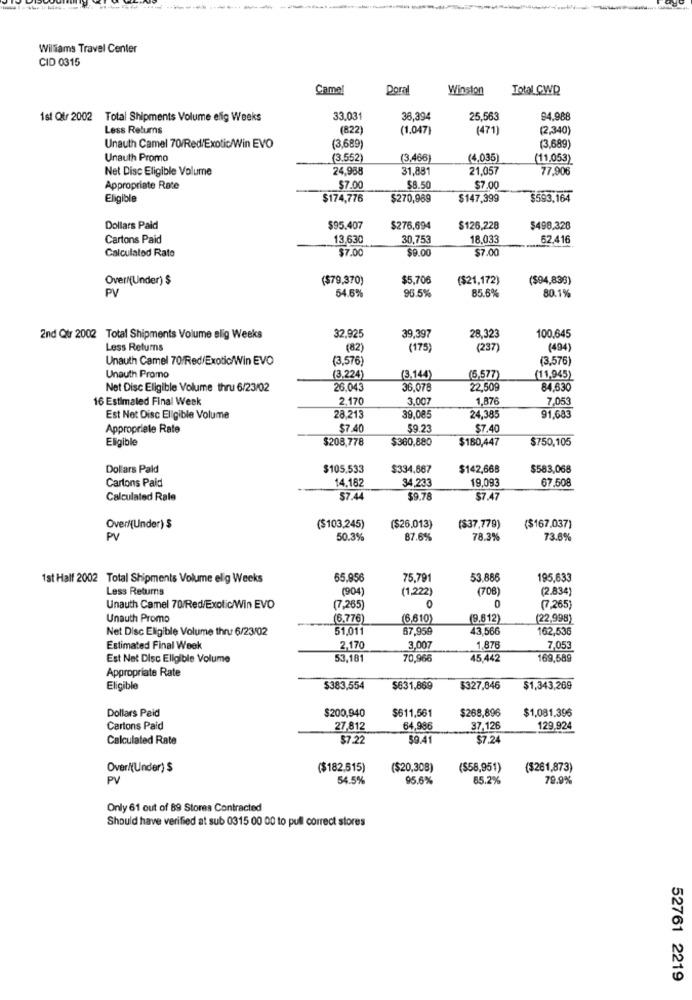
Williams Travel Center
CID 0315
Camal
Doral
Winston
Total CWD
1st Qtr 2002 Total Shipments Volume elig Weeks
33,031
36,394
25,563
94,988
Less Returns
(822]
(1.047)
(471)
(2,340)
(3,689
Unauth Camel 70/Red/Exotic/Win EVO
(3,689)
Unauth Promo
(3.552
(3,466)
(4,035)
(11.053)
Net Disc Eligible Volume
24,988
31,881
21,057
77,906
Appropriate Rate
$7.00
$8.50
$7.00
Eligible
$174,776
$270,989
$147,399
$593.164
Dollars Paid
$95.407
$275,694
$126,228
$498.328
Cartons Paid
13,630
30,753
18.033
62.416
$7.00
$7.00
Calculated Rate
$9.00
Over((Under) $
($79,370)
$5,706
($21,172)
($94,836)
54.6%
96.5%
85.6%
80.1%
PV
39.397
100,645
2nd Qtr 2002 Total Shipments Volume elig Weeks
32,925
28.323
Less Returns
(82)
(175)
(237)
(494)
Unauth Camel 70/Red/Exotic/Win EVO
(3,576)
(3,576)
Unauth Promo
(3.224)
(3.144)
(5.577)
(11,945)
Net Disc Eligible Volume thru 6/23/02
26.043
36,078
22,509
84,630
16 Estimaled Final Week
2.170
3,007
1.876
7,053
Est Not Disc Eligible Volume
28.215
39,085
24,385
91.683
Appropriate Rate
$7.40
$9.23
$7.40
Eligible
$208.778
$360,880
$180,447
$750,105
Dollars Paid
$105,533
$334,667
$142,668
$583,068
14.182
34,233
19,093
67,508
Cartons Paid
Calculated Rale
$7.44
$9.78
$7.47
Over/Under) $
($103,245)
($26.013)
($37,779)
($167,037)
PV
50.3%
87.6%
78.3%
73.6%
1st Half 2002 Total Shipments Volume elig Weeks
65.956
75,791
53.886
195,633
Less Returns
(904)
(1,222)
(708)
(2.834)
C
Unauth Camel 70/Red/Exotic/Win EVO
(7,265)
0
(7,265
Unauth Promo
(6.776
(6,610)
(9.612)
(22.998)
Net Disc Eligible Volume thru 6/23/02
51.011
67,959
43,566
162,536
Estimated Final Week
2,170
3.007
1,876
7,053
Est Nat Disc Eligible Volume
53,181
70,966
45.442
169,589
Appropriate Rate
Eligible
$383,554
$631,869
$327,846
$1,343,269
Dollars Paid
$611,561
$268,896
$1,081,396
$200,940
Cartons Paid
27,812
64,986
37.126
129,924
Calculated Rate
$7.22
$9.41
$7.24
Over/(Under) $
($182.515)
($20,308)
($58,951)
($261,873)
PV
54.5%
95.6%
85.2%
79.9%
Only 61 out of 89 Stores Contracted
Should have verified at sub 0315 00 00 to pull correct stores
52761 2219